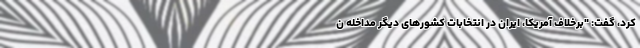
کرد، گفت: "برخلاف آمریکا، ایران در انتخابات کشورهای دیگر مداخله ن